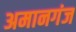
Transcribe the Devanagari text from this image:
अमानगंज